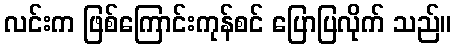
လင်းက ဖြစ်ကြောင်းကုန်စင် ပြောပြလိုက် သည်။